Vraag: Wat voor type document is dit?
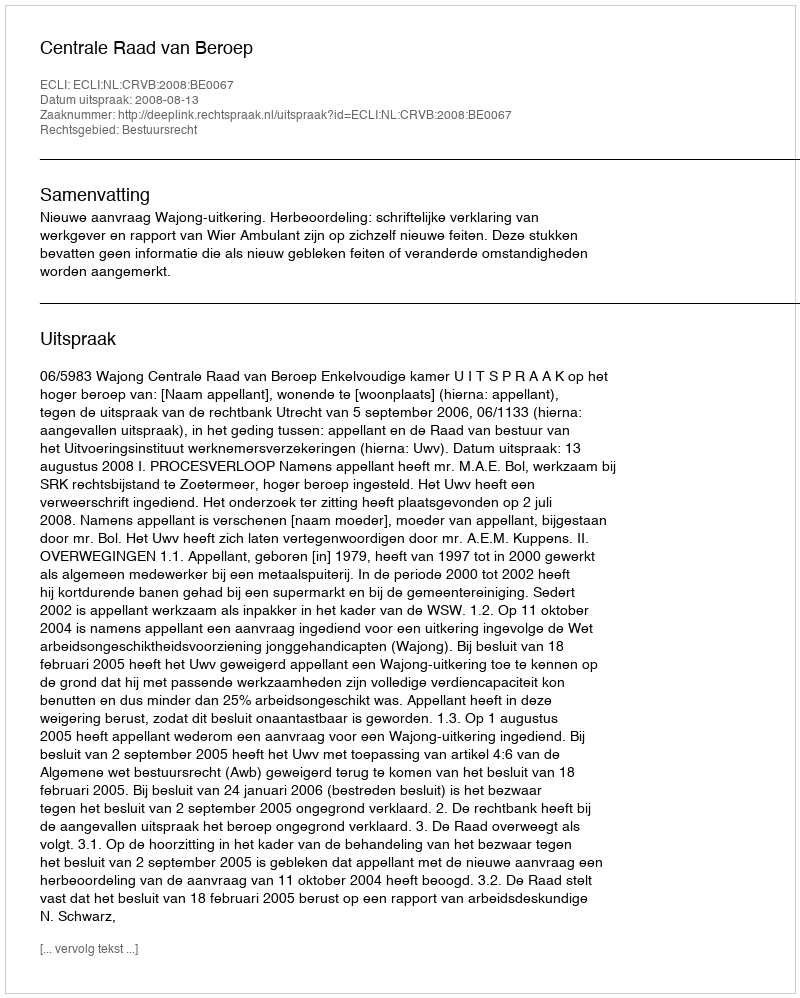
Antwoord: Uitspraak